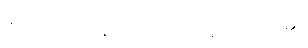
ဆိုးကြိတ်ကန်ကျောက်ကြလေတော့၏။